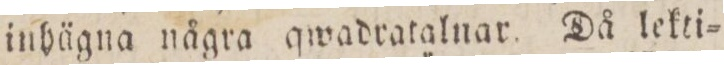
inhägna några qwadratalnar. Då lekti=